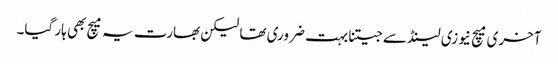
آخری میچ نیوزی لینڈ سے جیتنا بہت ضروری تھا لیکن بھارت یہ میچ بھی ہار گیا۔